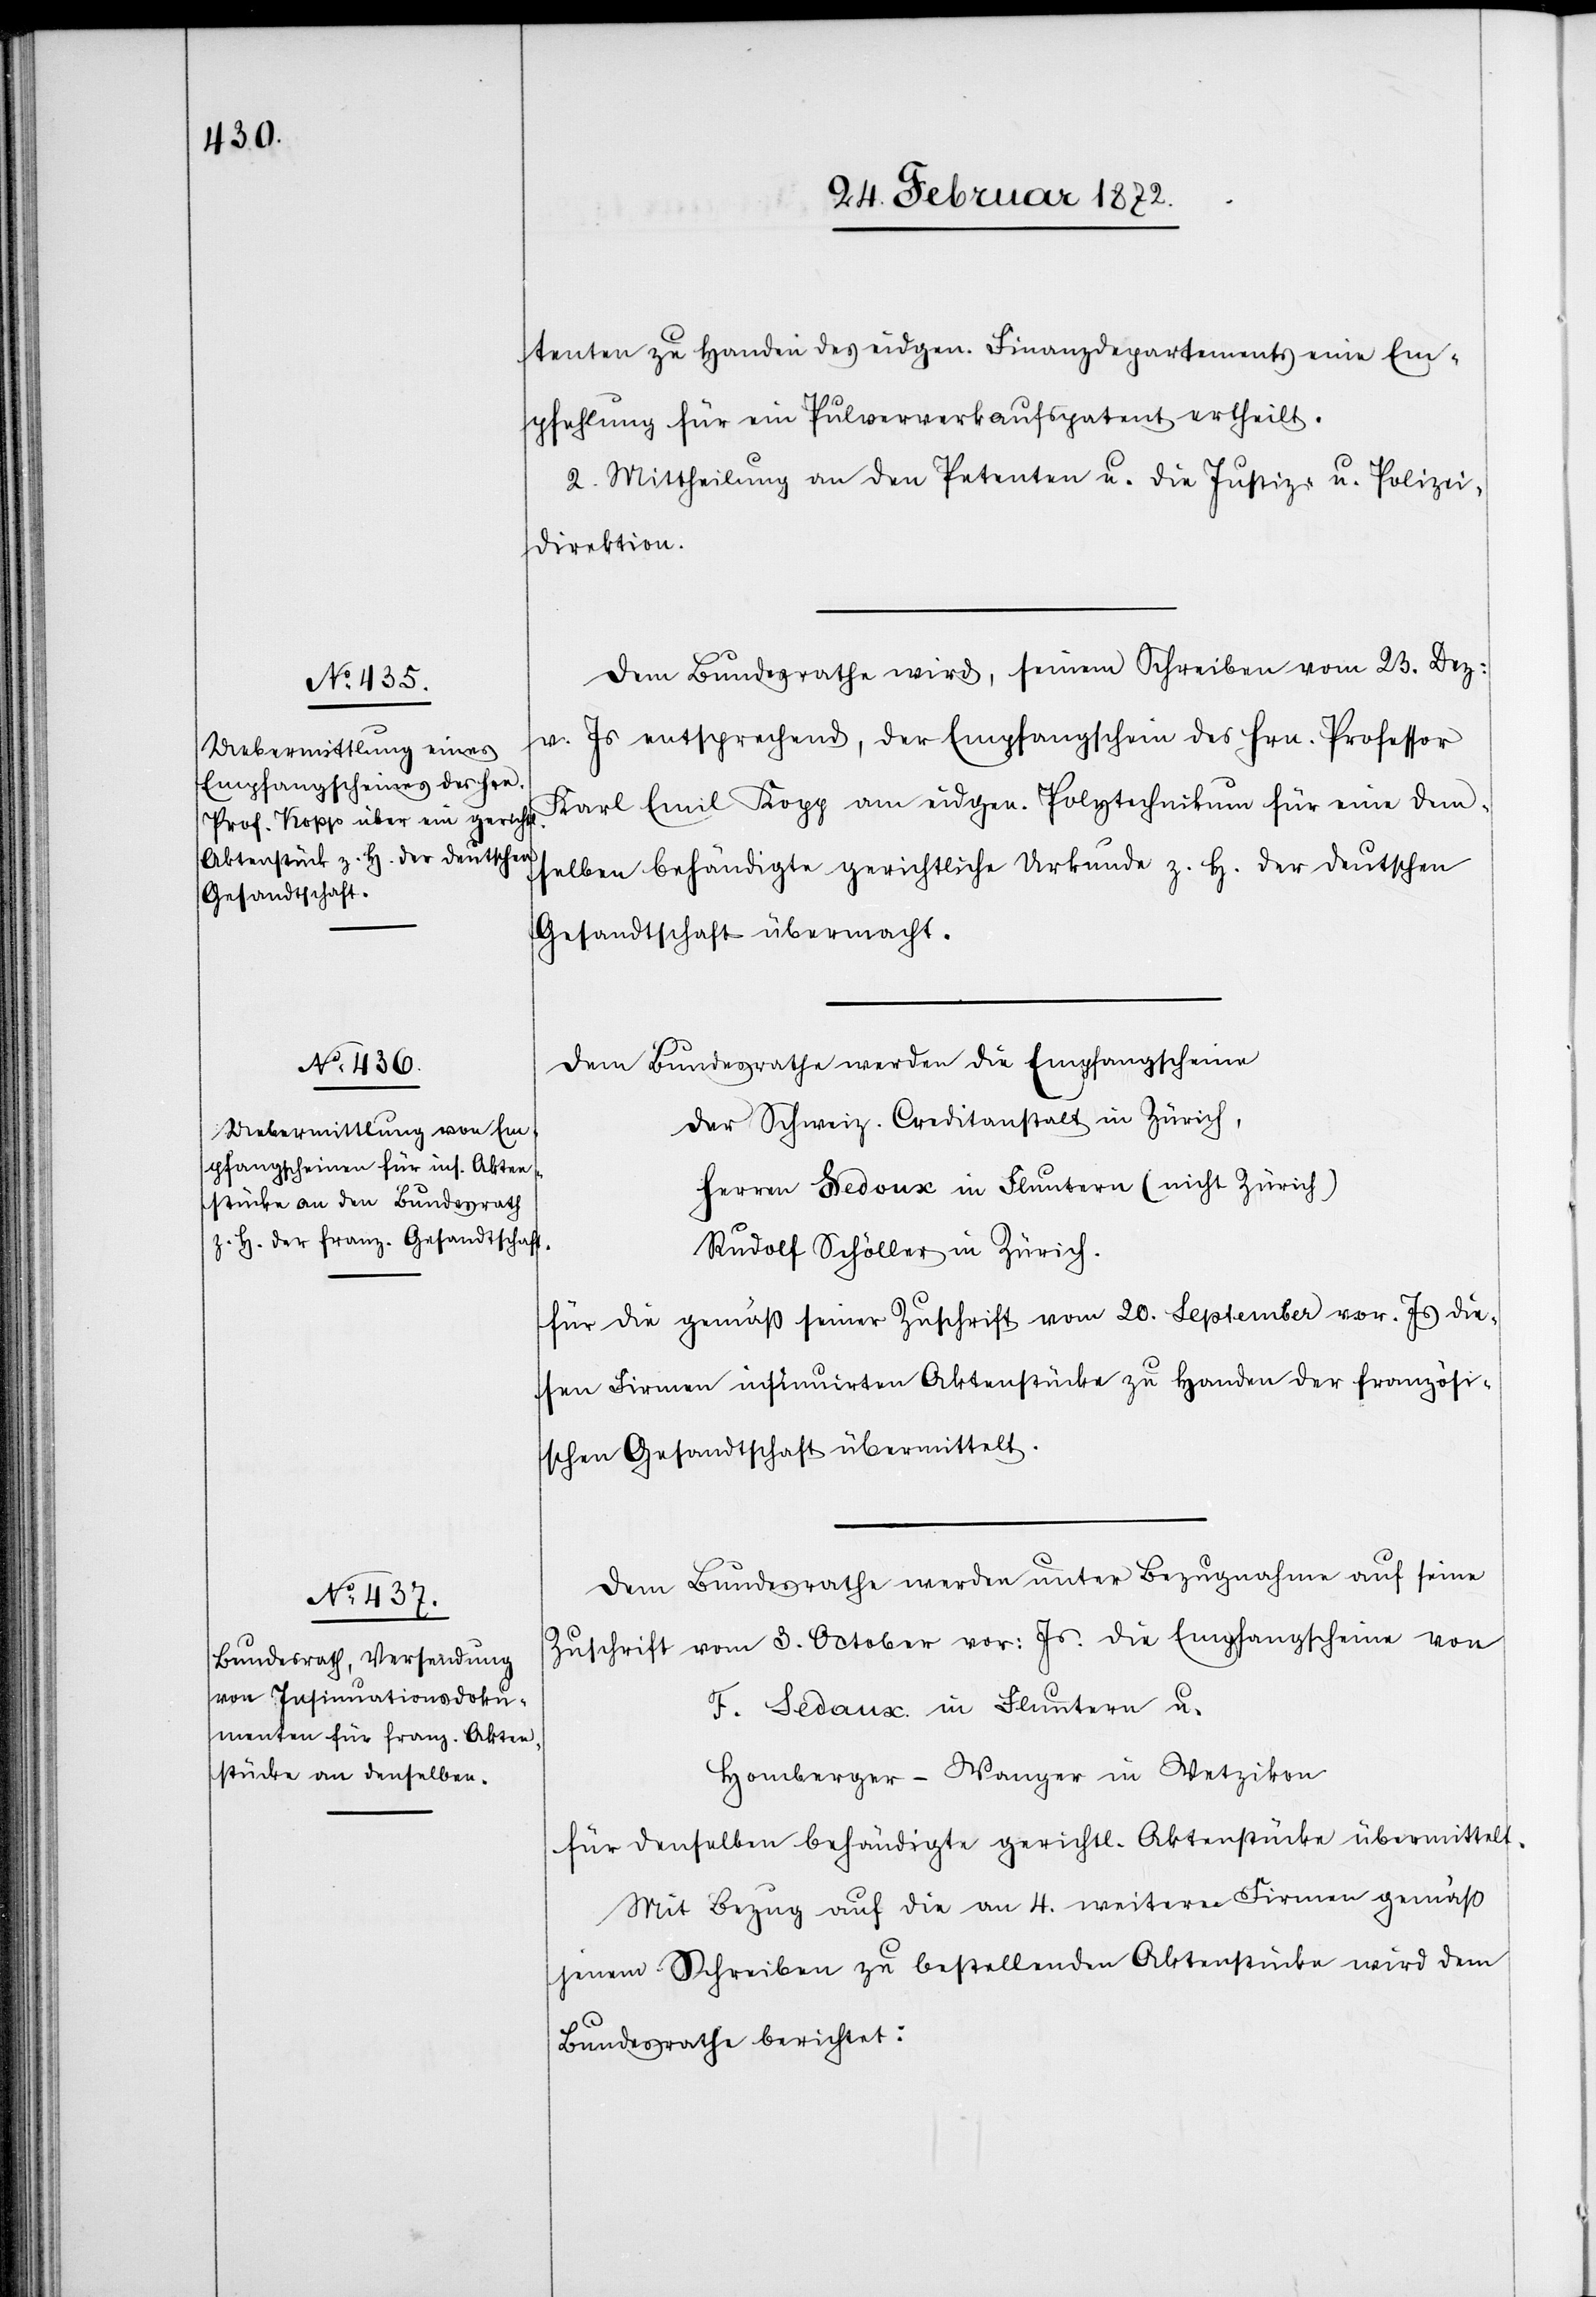
28. Februar 1872.]
tenten zu Handen des eidgen. Finanzdepartements eine Em¬
pfehlung für ein Pulververkaufspatent ertheilt.
2. Mittheilung an den Petenten u. die Justiz- u. Polizei¬
direktion.
Dem Bundesrathe wird, seinem Schreiben vom 23. Dez.
v. Js entsprechend, der Empfangschein des Hrn. Professor
Karl Emil Kopp am eidgen. Polytechnikum für eine dems¬
elben behändigte gerichtliche Urkunde z. H. der deutschen
Gesandtschaft übermacht.
Dem Bundesrathe werden die Empfangscheine
der Schweiz. Creditanstalt in Zürich,
Herren Sedoux in Fluntern (nicht Zürich)
Rudolf Schöller in Zürich.
für die gemäß seiner Zuschrift vom 20. September vor. Js. die¬
sen Firmen insinuirten Aktenstücke zu Handen der französi¬
schen Gesandtschaft übermittelt.
Dem Bundesrathe werden unter Bezugnahme auf seine
Zuschrift vom 3. October vor. Js. die Empfangscheine von
F. Sedaux in Fluntern u.
Homberger-Wanger in Wetzikon
für denselben behändigte gerichtl. Aktenstücke übermittelt.
Mit Bezug auf die an 4. weitere Firmen gemäß
jenem Schreiben zu bestellenden Aktenstücke wird dem
Bundesrathe berichtet: